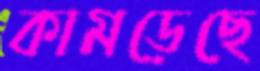
কামড়েছে